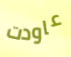
عاودت